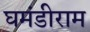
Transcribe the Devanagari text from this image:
घमंडीराम